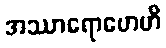
အဿာရောဟေဟိ